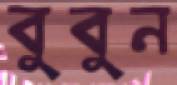
বুবুন